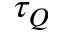
\tau _ { Q }